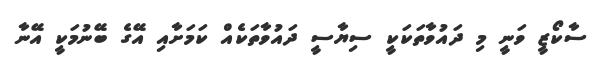
ސާކޯޒީ ވަނީ މި ދައުވާތަކަކީ ސިޔާސީ ދައުވާތަކެއް ކަމަށާއި އޭގެ ބޭނުމަކީ އޭނާ